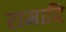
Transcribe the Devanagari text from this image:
रागादि